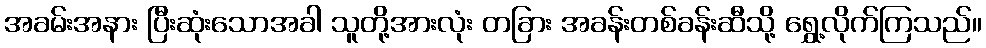
အခမ်းအနား ပြီးဆုံးသောအခါ သူတို့အားလုံး တခြား အခန်းတစ်ခန်းဆီသို့ ရွှေ့လိုက်ကြသည်။